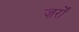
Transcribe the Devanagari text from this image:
ज़र्रों